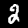
Digit: 2